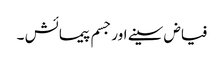
فیاض سینے اور جسم پیمائش ۔